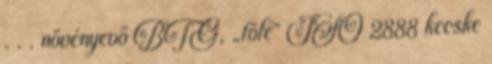
. . . növényevő BTG, „fölé” ISO 2888 kecske